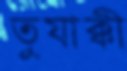
তুযাক্কী